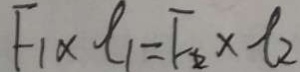
F _ { 1 } \times t _ { 1 } = F _ { 2 } \times t _ { 2 }